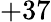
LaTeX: +37